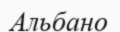
Альбано